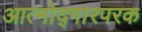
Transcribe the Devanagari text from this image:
आत्मोद्गारपरक